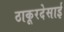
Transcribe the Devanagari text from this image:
ठाकूरदेसाई